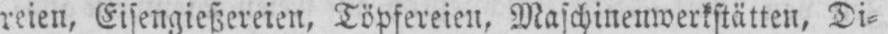
reien, Eisengießereien, Töpfereien, Maschinenwerkstätten, Di⸗